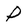
Character: P